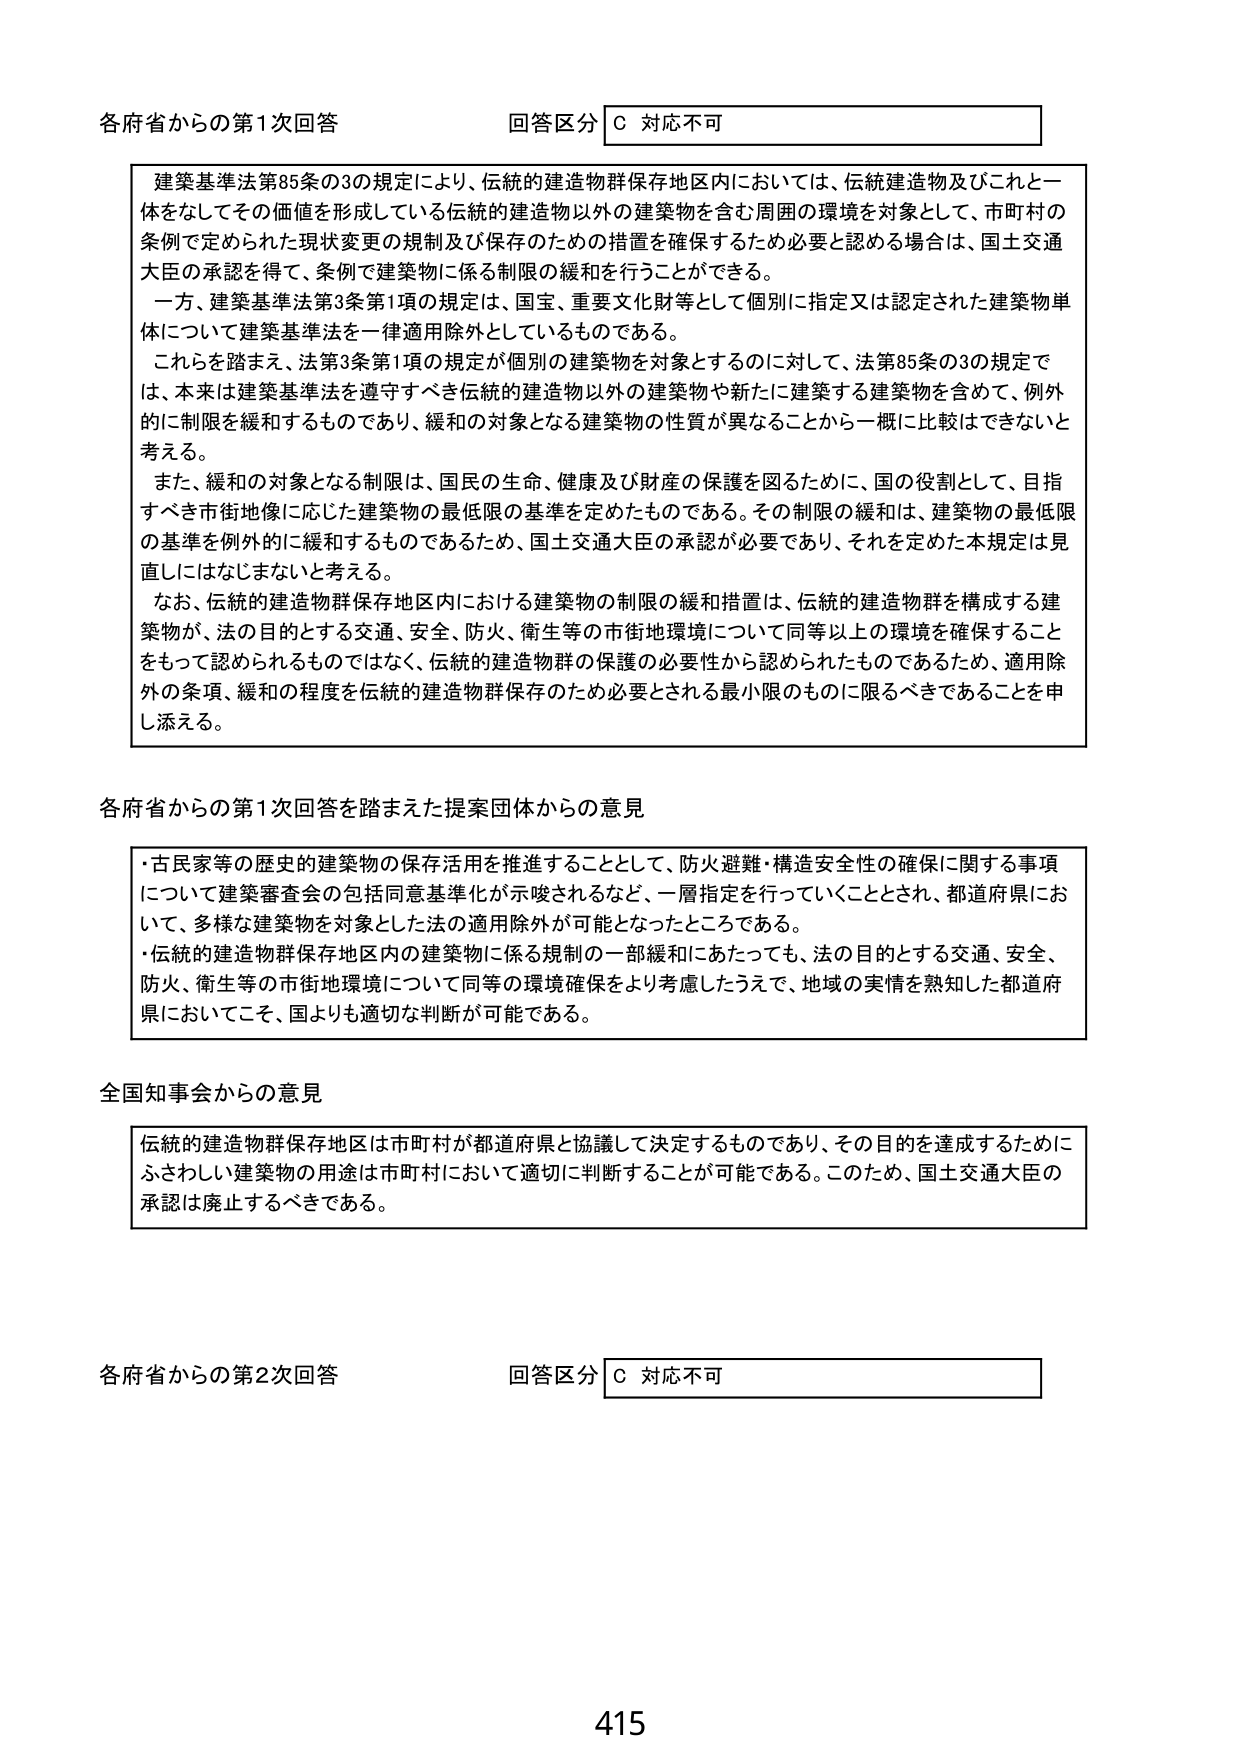
各府省からの第1次回答 回答区分 C 対応不可

建築基準法第85条の3の規定により、伝統的建造物群保存地区内においては、伝統建造物及びこれと一体をなしてその価値を形成している伝統的建造物以外の建築物を含む周囲の環境を対象として、市町村の条例で定められた現状変更の規制及び保存のための措置を確保するため必要と認める場合は、国土交通大臣の承認を得て、条例で建築物に係る制限の緩和を行うことができる。

一方、建築基準法第3条第1項の規定は、国宝、重要文化財等として個別に指定又は認定された建築物単体について建築基準法を一律適用除外としているものである。

これを踏まえ、法第3条第1項の規定が個別の建築物を対象とするのに対して、法第85条の3の規定では、本来は建築基準法を遵守すべき伝統的建造物以外の建築物や新たに建築する建築物を含めて、例外的に制限を緩和するものであり、緩和の対象となる建築物の性質が異なることから一概に比較はできないと考える。

また、緩和の対象となる制限は、国民の生命、健康及び財産の保護を図るために、国の役割として、目指すべき市街地像に応じた建築物の最低限の基準を定めたものである。その制限の緩和は、建築物の最低限の基準を例外的に緩和するものであるため、国土交通大臣の承認が必要であり、それを定めた本規定は見直しにはなじまないと考える。

なお、伝統的建造物群保存地区内における建築物の制限の緩和措置は、伝統的建造物群を構成する建築物が、法の目的とする交通、安全、防火、衛生等の市街地環境について同等以上の環境を確保することをもって認められるものではなく、伝統的建造物群の保護の必要性から認められたものであるため、適用除外の条項、緩和の程度を伝統的建造物群保存のため必要とされる最小限のものに限るべきであることを申し添える。

各府省からの第1次回答を踏まえた提案団体からの意見

・古民家等の歴史的建築物の保存活用を推進することとして、防火避難・構造安全性の確保に関する事項について建築審査会の包括同意基準化が示唆されるなど、一層指定を行っていくこととされ、都道府県において、多様な建築物を対象とした法の適用除外が可能となったところである。

・伝統的建造物群保存地区内の建築物に係る規制の一部緩和にあたっても、法の目的とする交通、安全、防火、衛生等の市街地環境について同等の環境確保をより考慮したうえで、地域の実情を熟知した都道府県においてこそ、国よりも適切な判断が可能である。

全国知事会からの意見

伝統的建造物群保存地区は市町村が都道府県と協議して決定するものであり、その目的を達成するためにふさわしい建築物の用途は市町村において適切に判断することが可能である。このため、国土交通大臣の承認は廃止するべきである。

各府省からの第2次回答 回答区分 C 対応不可

415